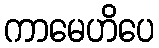
ကာမေဟိပေ